Civil Veterinary Dept. Bombay admin report 1914-1922 - 1914-1922
Year: 1914
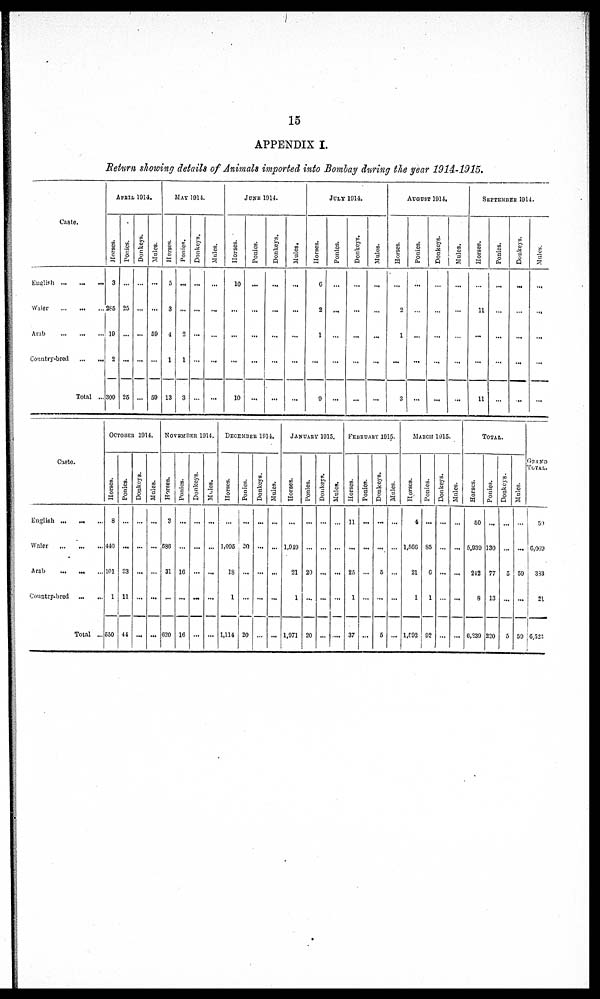
15
APPENDIX I.
Return showing details of Animals imported into Bombay during the year 1914-1915.
Caste.
English
...
...
...
Water
...
...
...
Arab
...
...
...
Country-bred
...
...
Total ...
APRIL 1914.
Horses.
3
285
10
2
300
Ponies.
...
25
...
...
25
Donkeys.
...
...
...
...
...
Mules.
...
...
50
...
50
MAY 1914.
Horses.
5
3
4
1
13
Ponies.
...
...
2
1
3
Donkeys.
...
...
...
...
...
Mules.
...
...
...
...
...
JUNE 1914.
Horses.
10
...
...
...
10
Ponies.
...
...
...
...
...
Donkeys.
...
...
...
...
...
Mules.
...
...
...
...
...
JULY 1911.
Horses.
6
2
1
...
9
Ponies.
...
...
...
...
...
Donkeys.
...
...
...
...
...
Mules.
...
...
...
...
...
AUGUST 1914.
Horses.
...
2
1
...
3
Ponies.
...
...
...
...
...
Donkeys.
...
...
...
...
...
Mules.
...
...
...
...
...
SEPTEMBER 1914.
Horses.
...
11
...
...
11
Ponies.
...
...
...
...
...
Donkeys.
...
...
...
...
...
Mules.
...
...
...
...
...
Caste.
English ...
...
Water
...
...
...
Arab
...
...
...
Country-bred
...
...
Total ...
OCTOBER 1914.
Horses.
8
440
101
1
550
Ponies.
...
...
83
11
44
Donkeys.
...
...
...
...
...
Mules.
...
...
...
...
...
NOVEMBER 1914.
Horses.
3
586
31
...
620
Ponies.
...
...
16
...
16
Donkeys.
...
...
...
...
...
Mules.
...
...
...
...
...
DECEMBER 1914.
Horses.
...
1,095
18
1
1,114
Ponies.
...
20
...
...
20
Donkeys.
...
...
...
...
...
Mules.
...
...
...
...
...
JANUARY 1915.
Horses.
...
1,949
21
1
1,071
Ponies.
...
...
20
...
20
Donkeys.
...
...
...
...
...
Mules.
...
...
...
...
....
FEBRUARY 1915.
Horses.
11
...
25
1
37
Ponies.
...
...
...
...
...
Donkeys.
...
...
5
...
5
Mules.
...
...
...
...
...
MARCH 1915.
Horses.
4
1,566
21
1
1,592
Ponies.
...
85
6
1
92
Donkeys.
...
...
...
...
...
Mules.
...
...
...
...
...
TOTAL.
Horses.
50
5,930
242
8
6,239
Ponies.
...
130
77
13
220
Donkeys.
...
...
5
...
5
Mules.
...
...
59
...
59
GRAND
TOTAL.
59
6,069
383
21
6,523